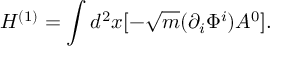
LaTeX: H ^ { ( 1 ) } = \int d ^ { 2 } x [ - \sqrt { m } ( \partial _ { i } \Phi ^ { i } ) A ^ { 0 } ] .